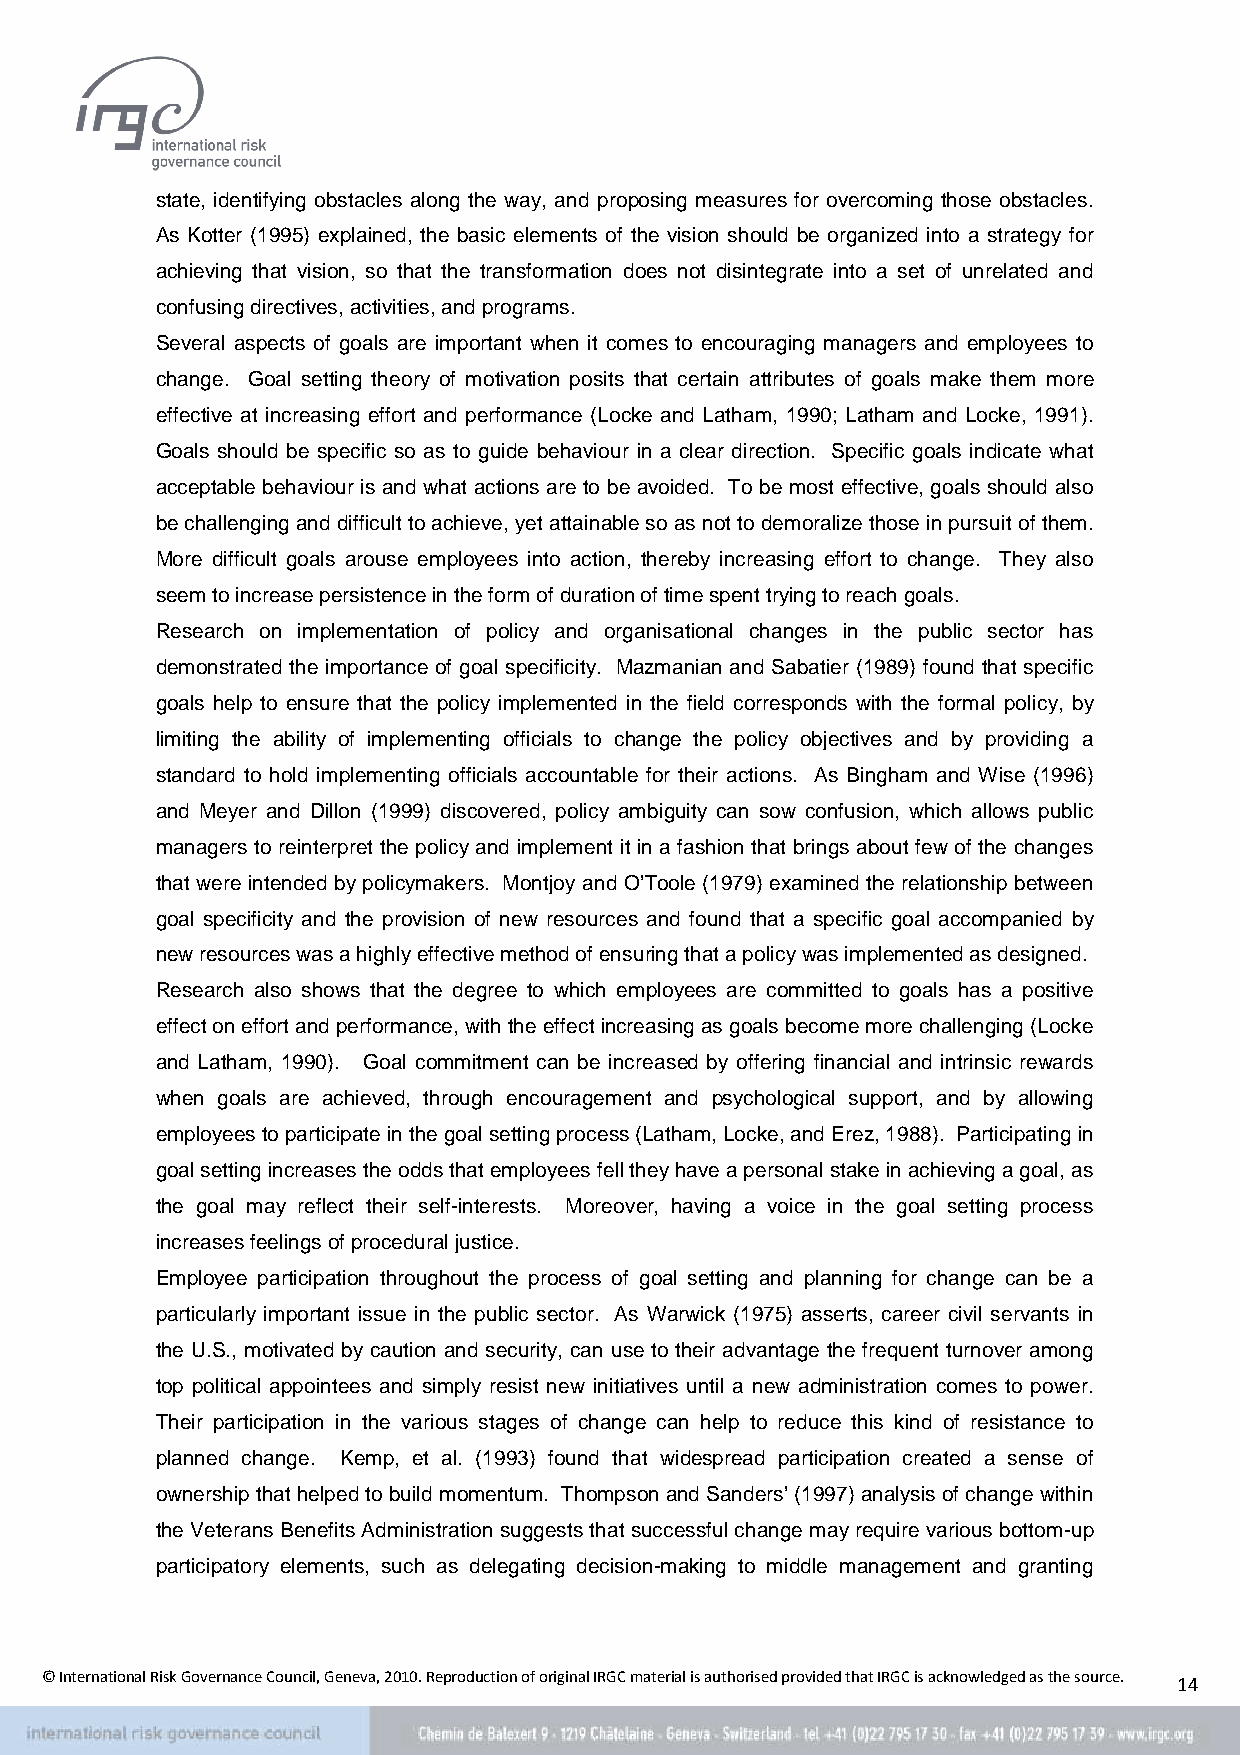
state, identifying obstacles along the way, and proposing measures for overcoming those obstacles.
 As Kotter (1995) explained, the basic elements of the vision should be organized into a strategy for
 achieving that vision, so that the transformation does not disintegrate into a set of unrelated and
 confusing directives, activities, and programs.
 Several aspects of goals are important when it comes to encouraging managers and employees to
 change. Goal setting theory of motivation posits that certain attributes of goals make them more
 effective at increasing effort and performance (Locke and Latham, 1990; Latham and Locke, 1991).
 Goals should be specific so as to guide behaviour in a clear direction. Specific goals indicate what
 acceptable behaviour is and what actions are to be avoided. To be most effective, goals should also
 be challenging and difficult to achieve, yet attainable so as not to demoralize those in pursuit of them.
 More difficult goals arouse employees into action, thereby increasing effort to change. They also
 seem to increase persistence in the form of duration of time spent trying to reach goals.
 Research on implementation of policy and organisational changes in the public sector has
 demonstrated the importance of goal specificity. Mazmanian and Sabatier (1989) found that specific
 goals help to ensure that the policy implemented in the field corresponds with the formal policy, by
 limiting the ability of implementing officials to change the policy objectives and by providing a
 standard to hold implementing officials accountable for their actions. As Bingham and Wise (1996)
 and Meyer and Dillon (1999) discovered, policy ambiguity can sow confusion, which allows public
 managers to reinterpret the policy and implement it in a fashion that brings about few of the changes
 that were intended by policymakers. Montjoy and O’Toole (1979) examined the relationship between
 goal specificity and the provision of new resources and found that a specific goal accompanied by
 new resources was a highly effective method of ensuring that a policy was implemented as designed.
 Research also shows that the degree to which employees are committed to goals has a positive
 effect on effort and performance, with the effect increasing as goals become more challenging (Locke
 and Latham, 1990). Goal commitment can be increased by offering financial and intrinsic rewards
 when goals are achieved, through encouragement and psychological support, and by allowing
 employees to participate in the goal setting process (Latham, Locke, and Erez, 1988). Participating in
 goal setting increases the odds that employees fell they have a personal stake in achieving a goal, as
 the goal may reflect their self-interests. Moreover, having a voice in the goal setting process
 increases feelings of procedural justice.
 Employee participation throughout the process of goal setting and planning for change can be a
 particularly important issue in the public sector. As Warwick (1975) asserts, career civil servants in
 the U.S., motivated by caution and security, can use to their advantage the frequent turnover among
 top political appointees and simply resist new initiatives until a new administration comes to power.
 Their participation in the various stages of change can help to reduce this kind of resistance to
 planned change. Kemp, et al. (1993) found that widespread participation created a sense of
 ownership that helped to build momentum. Thompson and Sanders’ (1997) analysis of change within
 the Veterans Benefits Administration suggests that successful change may require various bottom-up
 participatory elements, such as delegating decision-making to middle management and granting
 © International Risk Governance Council, Geneva, 2010. Reproduction of original IRGC material is authorised provided that IRGC is acknowledged as the source. 14